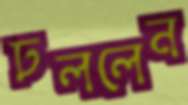
ঢললেন